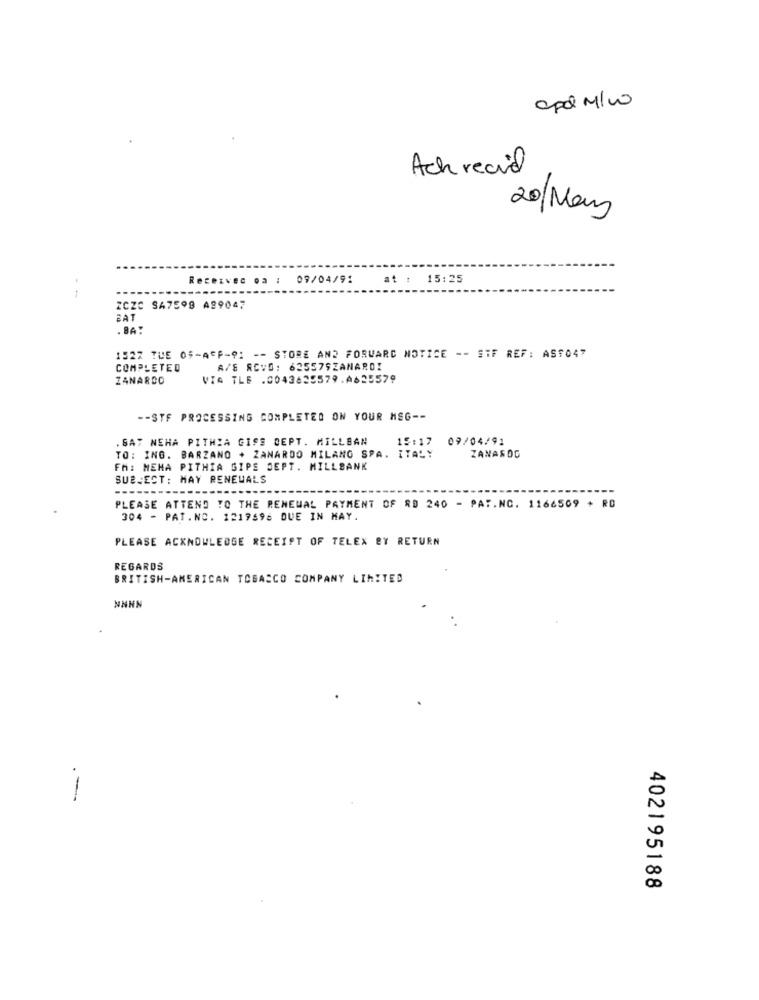
cpd M/w
Ach recid
20/May
Receivec oa : 09/04/91
at : 15:25
ZCZC SA7598 A99047
BAT
. BA :
1522 TUE OF-ACP-91 -- STORE AND FORWARD NOTICE -- STF REF: ASTO4"
COMPLETED
A/S ROVD: 63557SZANARD!
ZANARDO
VIA TLE .0043629579.0625579
-- STF PROCESSING COMPLETED ON YOUR MSG --
. GAT NEHA PITHIA GISS CEPT. MILLBAN
15:17
09/04/91
TO: ING. BARZANO + ZANARDO MILANO SPA. ITALY
ZANAROG
FM: MEHA PITHIA GIPE SEPT. MILLSANK
SUBJECT: MAY RENEWALS
----
PLEASE ATTEND TO THE RENEWAL PAYMENT OF 8D 240 - PAT.NC. 1166509 + RD
304 - PAT.NO. 1217596 DUE IN MAY.
PLEASE ACKNOWLEDGE RECEIPT OF TELEX BY RETURN
REGARDS
BRITISH-AMERICAN TOBACCO COMPANY LIMITED
NNNN
.-
402195188